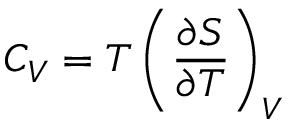
C _ { V } = T \left( { \frac { \partial S } { \partial T } } \right) _ { V }